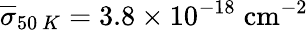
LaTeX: \overline{{\sigma}}_{50~K}=3.8\times 10^{-18}\; \mathrm{{cm^{-2}}}